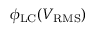
\phi _ { \mathrm { L C } } ( V _ { \mathrm { R M S } } )